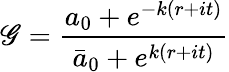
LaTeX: \mathscr{G}={\frac{{a_{0}+e^{-k(r+it)}}}{{\bar{{a}}_{0}+e^{k(r+it)}}}}